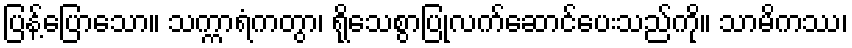
ပြန့်ပြောသော။ သက္ကာရံကတွာ၊ ရိုသေစွာပြုလက်ဆောင်ပေးသည်ကို။ သာမိကဿ၊